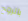
بالروح